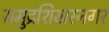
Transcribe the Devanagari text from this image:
समुद्रशिखरनगर